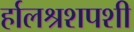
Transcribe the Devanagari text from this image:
र्हालश्रशपशी